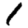
Digit: 1